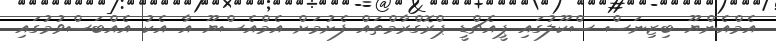
އެމްއެންޔޫ ބިޒިނަސް ސްކޫލުގައި ޕީއެޗްޑީ ޕްރޮގްރާމްތައް ފެށުމަށް އެމްއެސްޔޫ އާ އެކު އެއްބަސްވުމުގައި